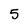
Character: 5